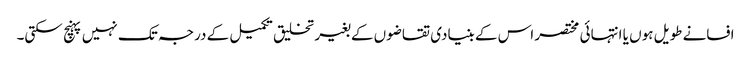
افسانے طویل ہوں یا انتہائی مختصر اس کے بنیادی تقاضوں کے بغیر تخلیق تکمیل کے درجہ تک نہیں پہنچ سکتی۔